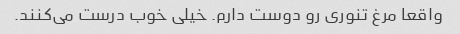
واقعا مرغ تنوری رو دوست دارم. خیلی خوب درست می‌کنند.